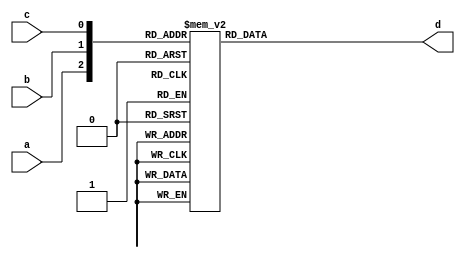
module q5b1_behavel(input a, b, c, output reg d);
always@(a, b, c)
case({a, b, c})
{1'b0, 1'b0, 1'b0}:d = 1'b0;
{1'b0, 1'b0, 1'b1}:d = 1'b0;
{1'b0, 1'b1, 1'b0}:d = 1'b1;
{1'b0, 1'b1, 1'b1}:d = 1'b1;
{1'b1, 1'b0, 1'b0}:d = 1'b1;
{1'b1, 1'b0, 1'b1}:d = 1'b1;
{1'b1, 1'b1, 1'b0}:d = 1'b0;
{1'b1, 1'b1, 1'b1}:d = 1'b0;
endcase
endmodule